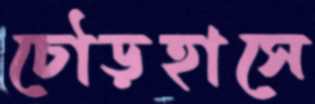
চৌড়হাসে